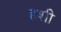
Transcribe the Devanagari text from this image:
हशी